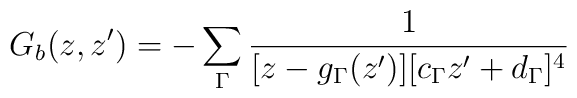
G_b(z,z')=-\sum_\Gamma\frac{1}{[z-g_\Gamma(z')][c_\Gamma z'+d_\Gamma]^4}